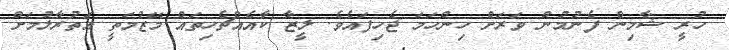
ހުރީ ޝާމިން ފެނުމުން ވަރަށް ހިންހަމަ ޖެހިފައެވެ. ލީޒާ ކާއެއްޗެހިތައް މޭޒުމަތީ އަތުރާލުމަށް